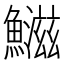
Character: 𬵱